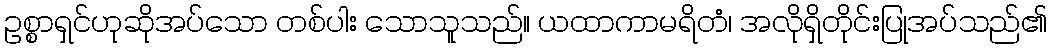
ဥစ္စာရှင်ဟုဆိုအပ်သော တစ်ပါး သောသူသည်။ ယထာကာမရိတံ၊ အလိုရှိတိုင်းပြုအပ်သည်၏